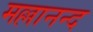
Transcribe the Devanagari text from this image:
मल्लानन्द